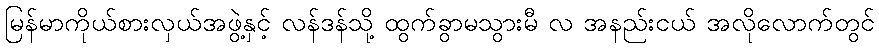
မြန်မာကိုယ်စားလှယ်အဖွဲ့နှင့် လန်ဒန်သို့ ထွက်ခွာမသွားမီ လ အနည်းငယ် အလိုလောက်တွင်